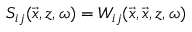
S _ { i j } ( \vec { x } , z , \omega ) = W _ { i j } ( \vec { x } , \vec { x } , z , \omega )